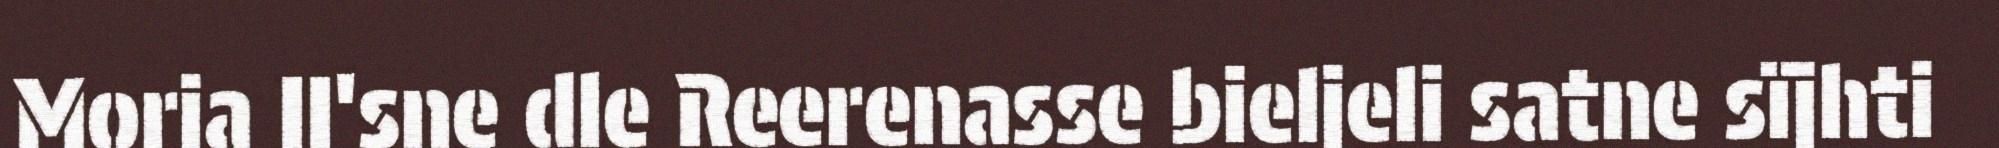
Moria II'sne dle Reerenasse bieljeli satne sïjhti